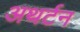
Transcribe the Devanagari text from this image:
अथर्टन